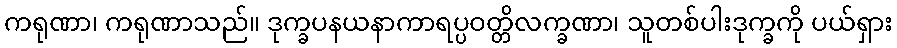
ကရုဏာ၊ ကရုဏာသည်။ ဒုက္ခပနယနာကာရပ္ပဝတ္တိလက္ခဏာ၊ သူတစ်ပါးဒုက္ခကို ပယ်ရှား